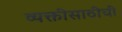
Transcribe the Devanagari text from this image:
व्यक्तींसाठीची